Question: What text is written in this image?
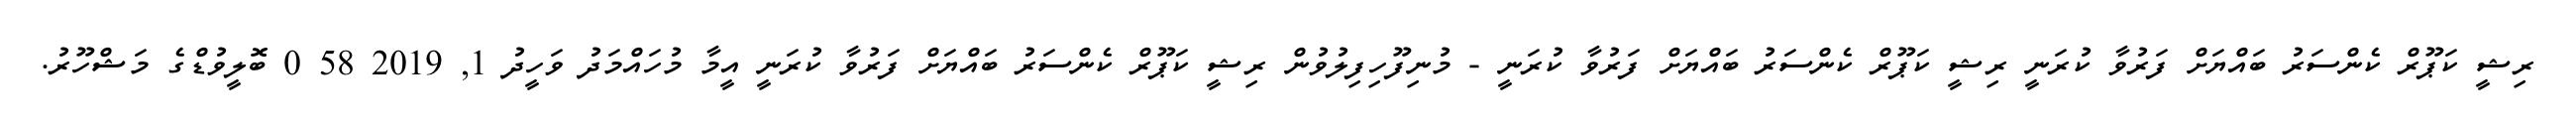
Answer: ރިޝީ ކަޕޫރް ކެންސަރު ބައްޔަށް ފަރުވާ ކުރަނީ ރިޝީ ކަޕޫރް ކެންސަރު ބައްޔަށް ފަރުވާ ކުރަނީ - މުނިފޫހިފިލުވުން ރިޝީ ކަޕޫރް ކެންސަރު ބައްޔަށް ފަރުވާ ކުރަނީ އީމާ މުހައްމަދު ވަހީދު 1, 2019 58 0 ބޮލީވުޑްގެ މަޝްހޫރު.